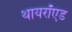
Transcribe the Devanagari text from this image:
थायरॉएड